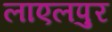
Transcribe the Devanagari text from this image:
लाएलपुर